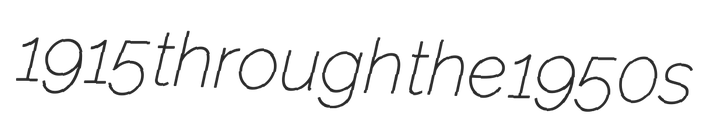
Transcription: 1915 through the 1950s